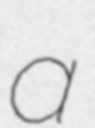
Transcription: a